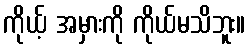
ကိုယ့် အမှားကို ကိုယ်မသိဘူး။